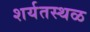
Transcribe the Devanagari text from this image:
शर्यतस्थळ